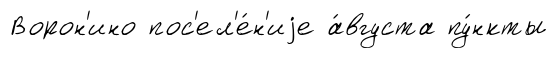
Ворон'ино пос'ел'е́н'иjе а́вгуста пу́нкты